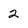
Character: 2